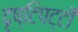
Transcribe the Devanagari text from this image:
दृष्टिपट्टी